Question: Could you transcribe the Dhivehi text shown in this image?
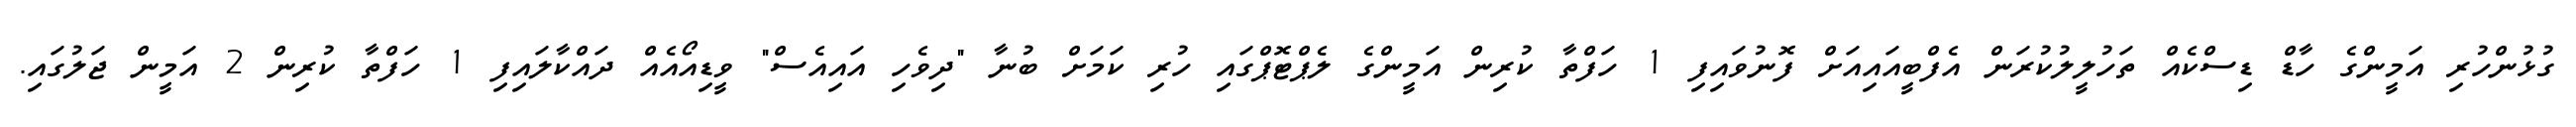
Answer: ގުޅުންހުރި އަމީންގެ ހާޑް ޑިސްކެއް ތަހުލީލުކުރަން އެފްބީއައިއަށް ފޮނުވައިފި 1 ހަފްތާ ކުރިން އަމީންގެ ލެޕްޓޮޕްގައި ހުރި ކަމަށް ބުނާ "ދިވެހި އައިއެސް" ވީޑިއޯއެއް ދައްކާލައިފި 1 ހަފްތާ ކުރިން 2 އަމީން ޖަލުގައި.